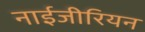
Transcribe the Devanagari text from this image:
नाईजीरियन